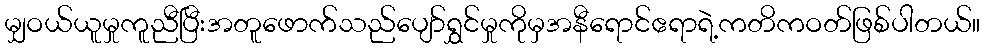
မျှဝယ်ယူမှုကူညီပြီးအတူဖောက်သည်ပျော်ရွှင်မှုကိုမှအနီရောင်ဧရာရဲ့ကတိကဝတ်ဖြစ်ပါတယ်။